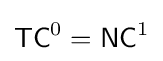
{\mathsf {TC}}^{0}={\mathsf {NC}}^{1}